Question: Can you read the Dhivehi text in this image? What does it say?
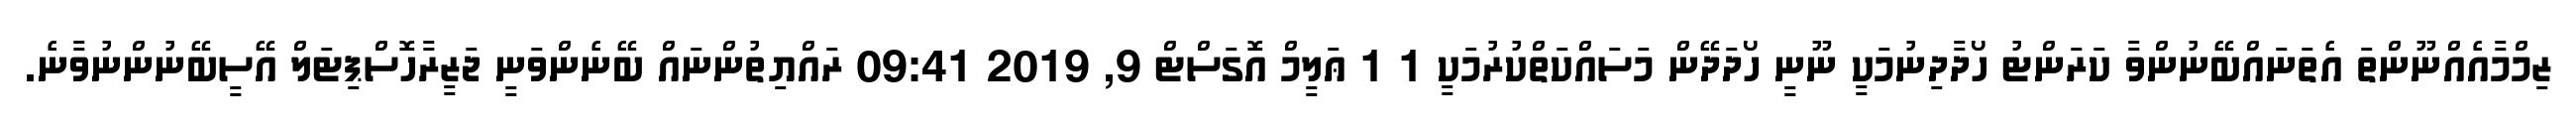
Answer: ޒިމްމާއެއްނޫންތަ އެތަނައްބޭނުންވާ ކަރަންޓު ހޯދާދިނުމަކީ ނޫނީ ހޯދަދޭން މަސައްކަތްކުރުމަކީ 1 1 ޢަލީމް އޮގަސްޓް 9, 2019 09:41 ރައްޔިތުންނައް ބޭނެންވަނީ ޖަޒީރާހޮސްޕިޓަލް އޭސީބޭނުންނުވާނެ.